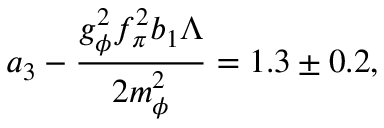
a _ { 3 } - { \frac { g _ { \phi } ^ { 2 } f _ { \pi } ^ { 2 } b _ { 1 } \Lambda } { 2 m _ { \phi } ^ { 2 } } } = 1 . 3 \pm 0 . 2 ,